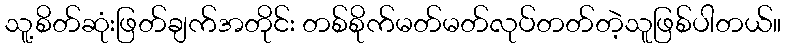
သူ့စိတ်ဆုံးဖြတ်ချက်အတိုင်း တစ်စိုက်မတ်မတ်လုပ်တတ်တဲ့သူဖြစ်ပါတယ်။